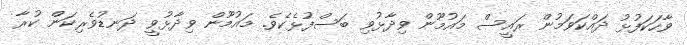
ވާހަކަފުޅު ދައްކަވަމުން ރައީސް މައުމޫން ވިދާޅުވި ބަސްފުޅެކެވެ. މައުމޫން ވިދާޅުވީ ދަނޑުވެރިކަން ކުރާ